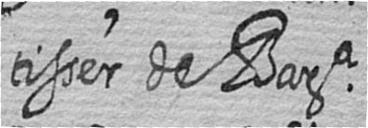
tisser de Bara